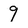
Character: 9